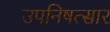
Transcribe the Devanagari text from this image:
उपनिषत्सार